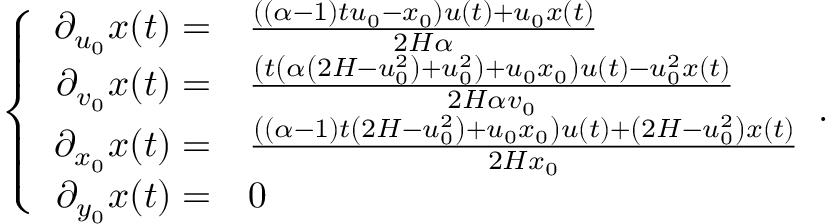
\left\{ \begin{array} { r l } { \partial _ { u _ { 0 } } x ( t ) = } & { \frac { ( ( \alpha - 1 ) t u _ { 0 } - x _ { 0 } ) u ( t ) + u _ { 0 } x ( t ) } { 2 H \alpha } } \\ { \partial _ { v _ { 0 } } x ( t ) = } & { \frac { \left( t \left( \alpha \left( 2 H - u _ { 0 } ^ { 2 } \right) + u _ { 0 } ^ { 2 } \right) + u _ { 0 } x _ { 0 } \right) u ( t ) - u _ { 0 } ^ { 2 } x ( t ) } { 2 H \alpha v _ { 0 } } } \\ { \partial _ { x _ { 0 } } x ( t ) = } & { \frac { \left( ( \alpha - 1 ) t \left( 2 H - u _ { 0 } ^ { 2 } \right) + u _ { 0 } x _ { 0 } \right) u ( t ) + \left( 2 H - u _ { 0 } ^ { 2 } \right) x ( t ) } { 2 H x _ { 0 } } } \\ { \partial _ { y _ { 0 } } x ( t ) = } & { 0 } \end{array} . \right.